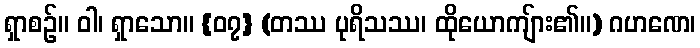
ရှာစဉ်။ ဝါ၊ ရှာသော။ {၀၇} (တဿ ပုရိသဿ၊ ထိုယောကျ်ား၏။) ဂဟဏေ၊